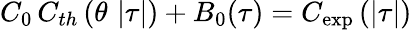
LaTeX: C_{0}\, C_{th}\left(\theta\, \left|\tau\right|\right)+B_{0}(\tau)=C_{\exp}\left(\left|\tau\right|\right)